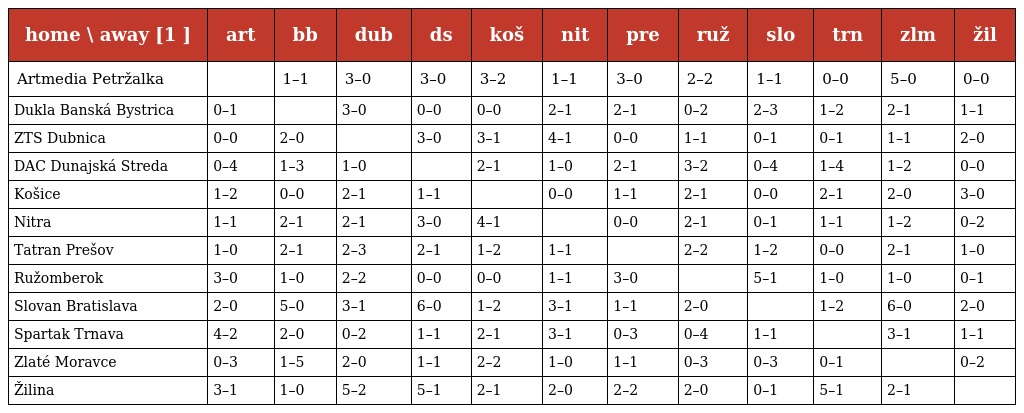
| home \ away [1 ] | art | bb | dub | ds | koš | nit | pre | ruž | slo | trn | zlm | žil |
 | --- | --- | --- | --- | --- | --- | --- | --- | --- | --- | --- | --- | --- |
 | Artmedia Petržalka |  | 1–1 | 3–0 | 3–0 | 3–2 | 1–1 | 3–0 | 2–2 | 1–1 | 0–0 | 5–0 | 0–0 |
 | Dukla Banská Bystrica | 0–1 |  | 3–0 | 0–0 | 0–0 | 2–1 | 2–1 | 0–2 | 2–3 | 1–2 | 2–1 | 1–1 |
 | ZTS Dubnica | 0–0 | 2–0 |  | 3–0 | 3–1 | 4–1 | 0–0 | 1–1 | 0–1 | 0–1 | 1–1 | 2–0 |
 | DAC Dunajská Streda | 0–4 | 1–3 | 1–0 |  | 2–1 | 1–0 | 2–1 | 3–2 | 0–4 | 1–4 | 1–2 | 0–0 |
 | Košice | 1–2 | 0–0 | 2–1 | 1–1 |  | 0–0 | 1–1 | 2–1 | 0–0 | 2–1 | 2–0 | 3–0 |
 | Nitra | 1–1 | 2–1 | 2–1 | 3–0 | 4–1 |  | 0–0 | 2–1 | 0–1 | 1–1 | 1–2 | 0–2 |
 | Tatran Prešov | 1–0 | 2–1 | 2–3 | 2–1 | 1–2 | 1–1 |  | 2–2 | 1–2 | 0–0 | 2–1 | 1–0 |
 | Ružomberok | 3–0 | 1–0 | 2–2 | 0–0 | 0–0 | 1–1 | 3–0 |  | 5–1 | 1–0 | 1–0 | 0–1 |
 | Slovan Bratislava | 2–0 | 5–0 | 3–1 | 6–0 | 1–2 | 3–1 | 1–1 | 2–0 |  | 1–2 | 6–0 | 2–0 |
 | Spartak Trnava | 4–2 | 2–0 | 0–2 | 1–1 | 2–1 | 3–1 | 0–3 | 0–4 | 1–1 |  | 3–1 | 1–1 |
 | Zlaté Moravce | 0–3 | 1–5 | 2–0 | 1–1 | 2–2 | 1–0 | 1–1 | 0–3 | 0–3 | 0–1 |  | 0–2 |
 | Žilina | 3–1 | 1–0 | 5–2 | 5–1 | 2–1 | 2–0 | 2–2 | 2–0 | 0–1 | 5–1 | 2–1 |  |